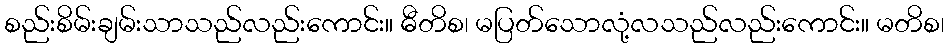
စည်းစိမ်းချမ်းသာသည်လည်းကောင်း။ ဓီတိစ၊ မပြတ်သောလုံ့လသည်လည်းကောင်း။ မတိစ၊